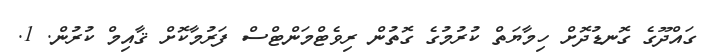
ގައްދޫގެ ގޮނޑުދޮށް ހިމާޔަތް ކުރުމުގެ ގޮތުން ރިވެޓްމަންޓްސް ފަރުމާކޮށް ޤާއިމް ކުރުން. 1.